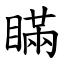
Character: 瞞